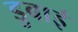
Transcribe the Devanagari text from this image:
डुबाई